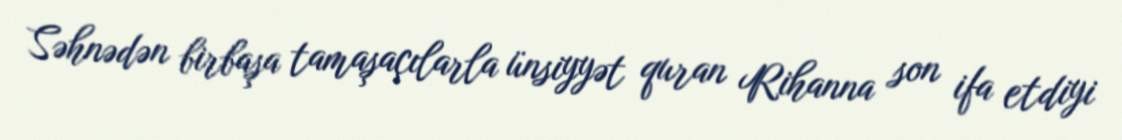
Səhnədən birbaşa tamaşaçılarla ünsiyyət quran Rihanna son ifa etdiyi